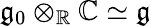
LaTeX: {\mathfrak{g}}_{0}\otimes_{\mathbb{R}}\mathbb{C}\simeq{\mathfrak{g}}